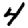
Digit: 4